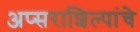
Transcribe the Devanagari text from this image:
अप्सराशिल्पांचे